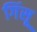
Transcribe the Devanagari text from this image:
गिंसू